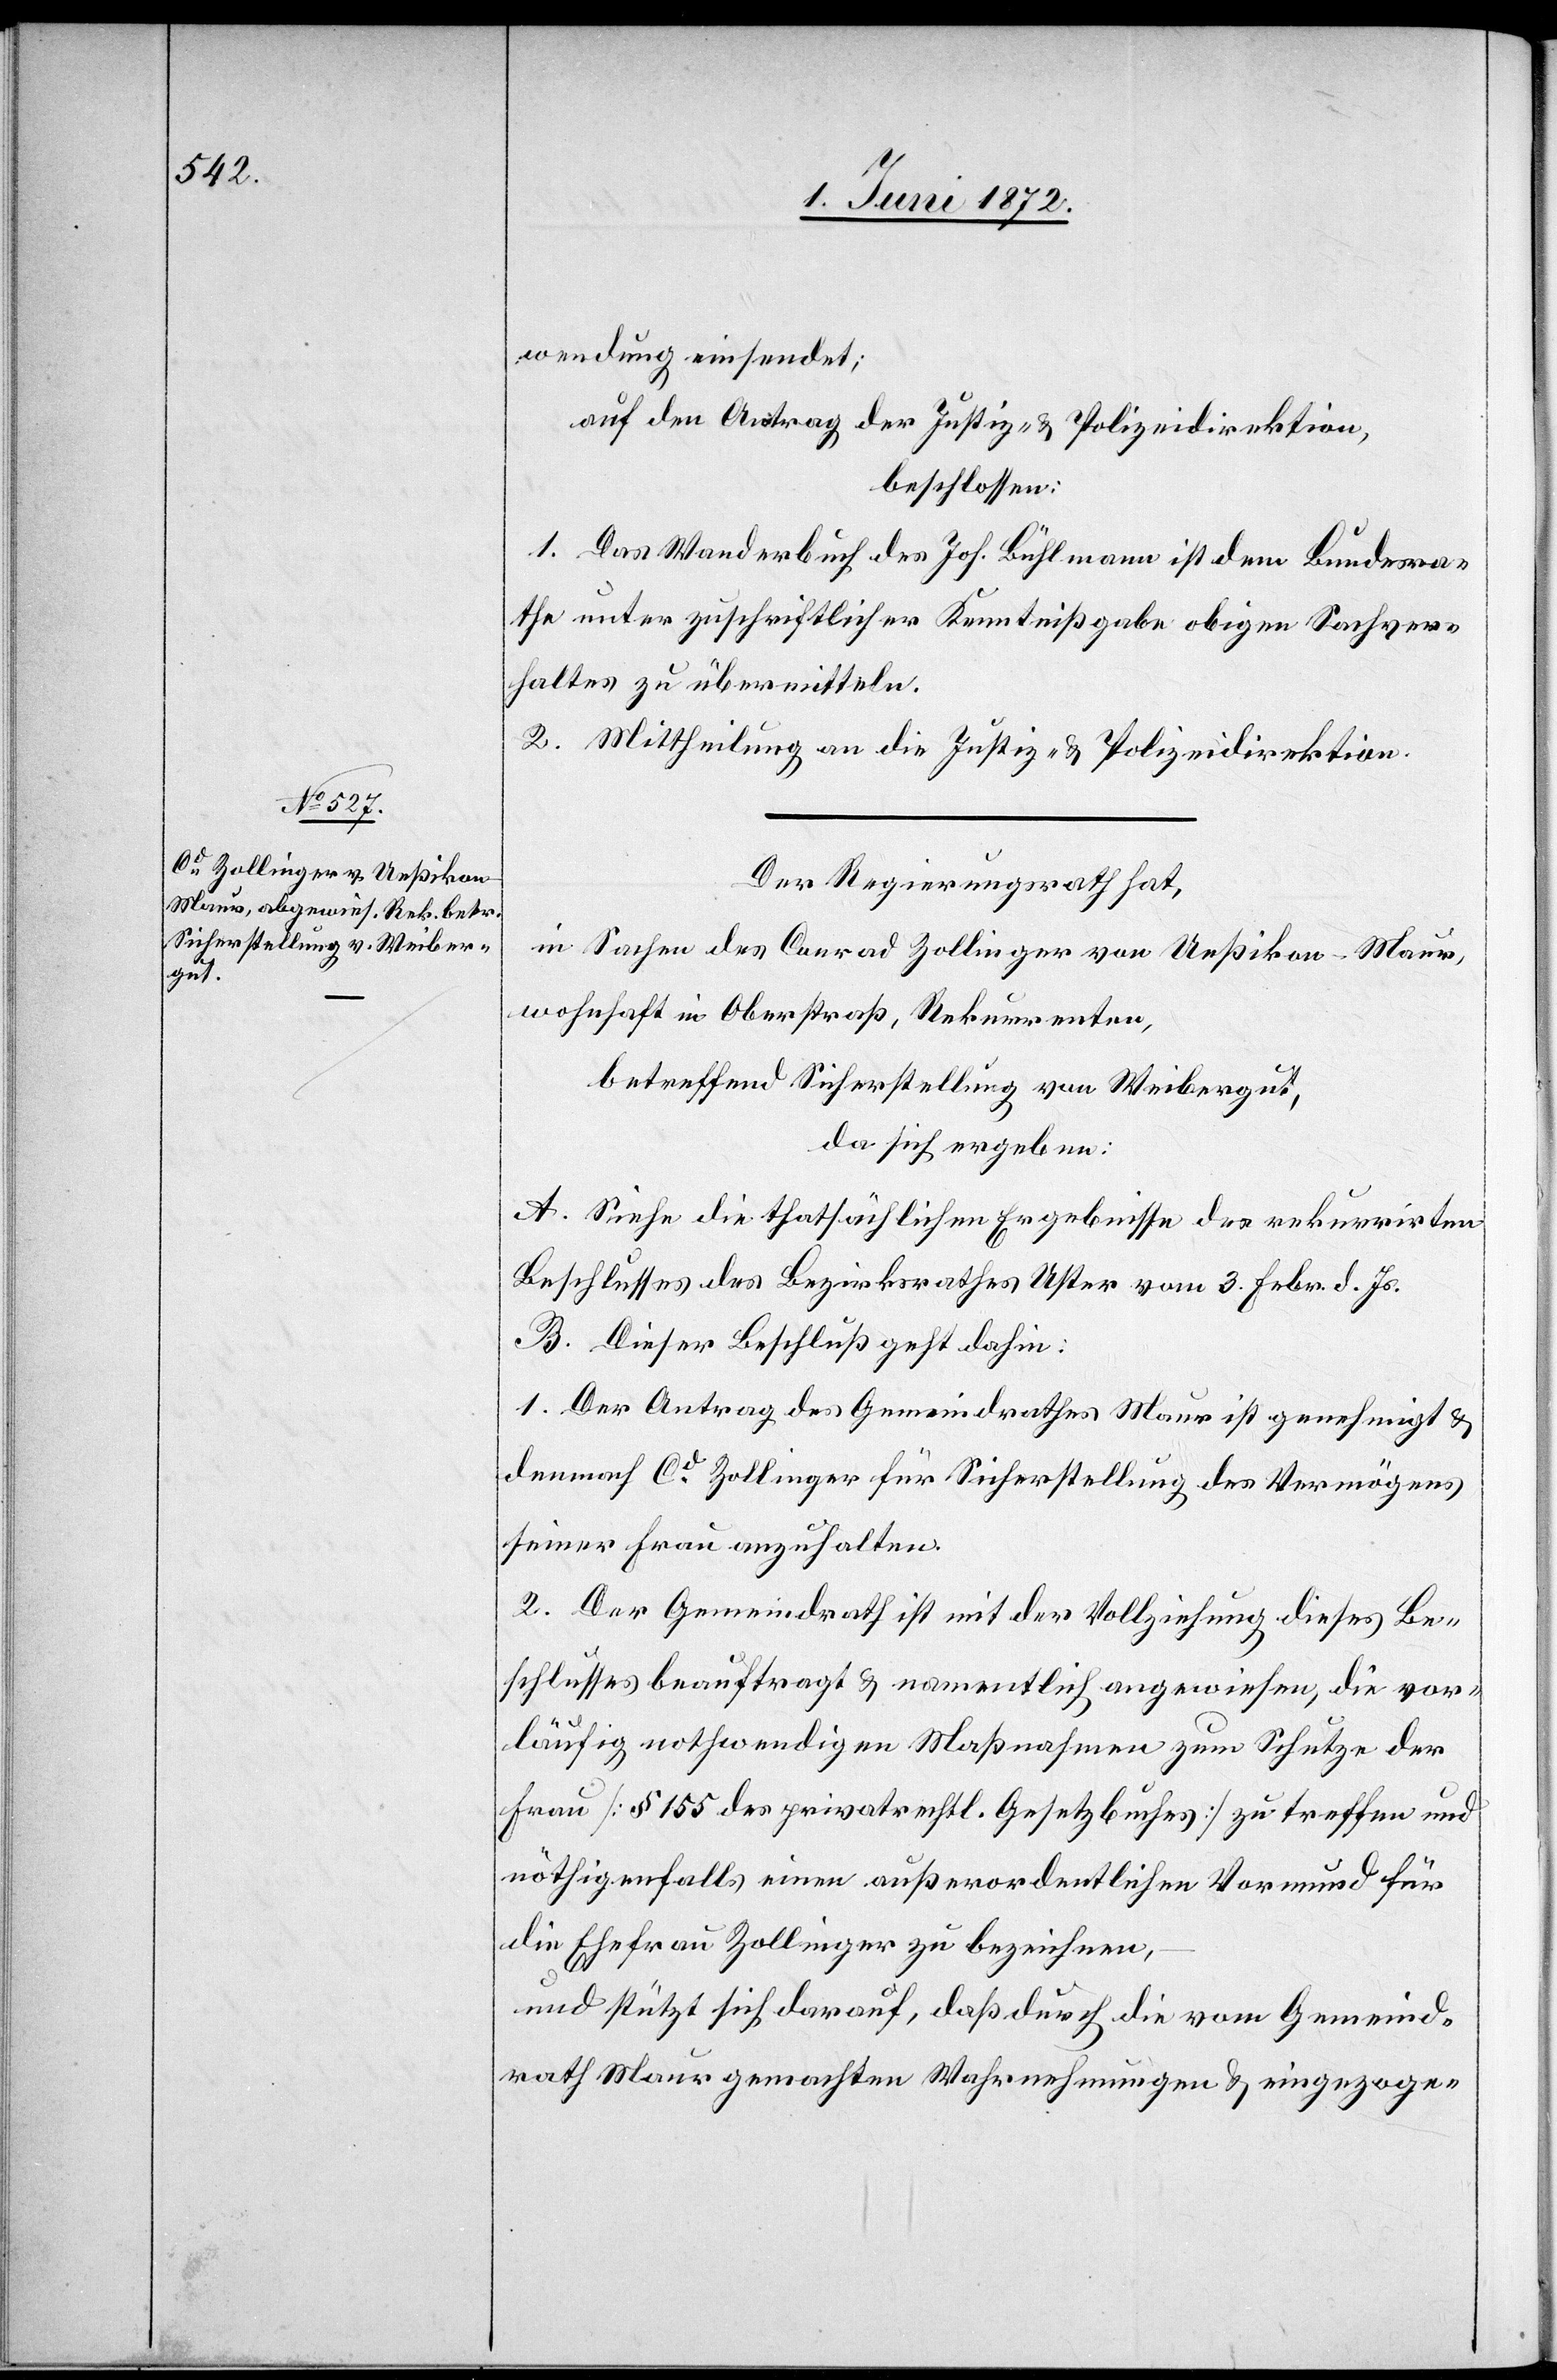
wendung einsendet;
auf den Antrag der Justiz- u. Polizeidirektion,
beschlossen:
1. Das Wanderbuch des Joh. Bühlmann ist dem Bundesra¬
the unter zuschriftlicher Kenntnißgabe obigen Sachver¬
haltes zu übermitteln.
2. Mittheilung an die Justiz- u. Polizeidirektion.
Der Regierungsrath hat,
in Sachen des Conrad Zollinger von Ueßikon-Maur,
wohnhaft in Oberstraß, Rekurrenten,
betreffend Sicherstellung von Weibergut,
da sich ergeben:
A. Siehe die thatsächlichen Ergebnisse des rekurrirten
Beschlusses des Bezirksrathes Uster vom 3. Febr. d. Js.
B. Dieser Beschluß geht dahin:
1. Der Antrag des Gemeindrathes Maur ist genehmigt u.
demnach Cd Zollinger für Sicherstellung des Vermögens
seiner Frau anzuhalten.
2. Der Gemeindrath ist mit der Vollziehung dieses Be¬
schlusses beauftragt u. namentlich angewiesen, die vor¬
läufig nothwendigen Maßnahmen zum Schutze der
Frau [§ 155 des privatrechtl. Gesetzbuches] zu treffen und
nöthigenfalls einen außerordentlichen Vormund für
die Ehefrau Zollinger zu bezeichnen,
und stützt sich darauf, daß durch die vom Gemeind¬
rath Maur gemachten Wahrnehmungen u. eingezoge-